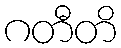
ဂတီတိ